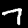
Label: 7